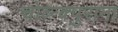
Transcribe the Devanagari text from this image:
चोव्न्क्पुराना